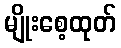
မျိုးစေ့ထုတ်